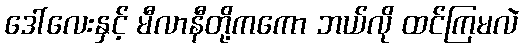
ဒေါ်လေးနှင့် မီလာနီတို့ကကော ဘယ်လို ထင်ကြမလဲ